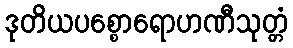
ဒုတိယပစ္စောရောဟဏီသုတ္တံ